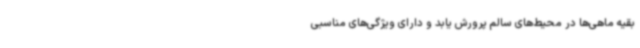
بقیه ماهی‌ها در محیط‌های سالم پرورش یابد و دارای ویژگی‌های مناسبی